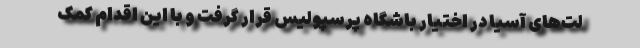
لت‌های آسیا در اختیار باشگاه پرسپولیس قرار گرفت و با این اقدام کمک